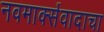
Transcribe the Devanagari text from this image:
नवमार्क्सवादाचा